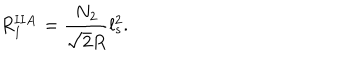
LaTeX: R _ { 1 } ^ { \mathbf { I I A } } = \frac { N _ { 2 } } { \sqrt { 2 } R } l _ { s } ^ { 2 } .